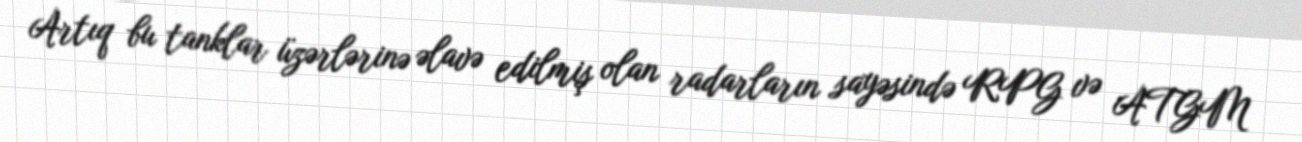
Artıq bu tanklar üzərlərinə əlavə edilmiş olan radarların sayəsində RPG və ATGM